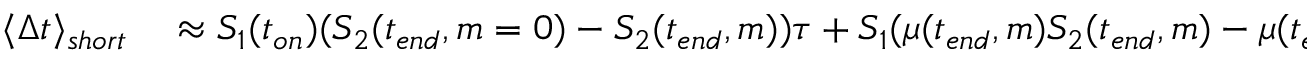
\begin{array} { r l } { \langle \Delta t \rangle _ { s h o r t } } & { { } \approx S _ { 1 } ( t _ { o n } ) ( S _ { 2 } ( t _ { e n d } , m = 0 ) - S _ { 2 } ( t _ { e n d } , m ) ) \tau + S _ { 1 } ( \mu ( t _ { e n d } , m ) S _ { 2 } ( t _ { e n d } , m ) - \mu ( t _ { e n d } , m = 0 ) S _ { 2 } ( t _ { e n d } , m = 0 ) ) ( - \tau ^ { 2 } / 2 ) } \end{array}